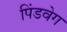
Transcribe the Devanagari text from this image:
पिंडवेग